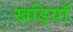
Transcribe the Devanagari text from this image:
खड़ियाँ